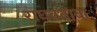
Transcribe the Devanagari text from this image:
राघवबाबा